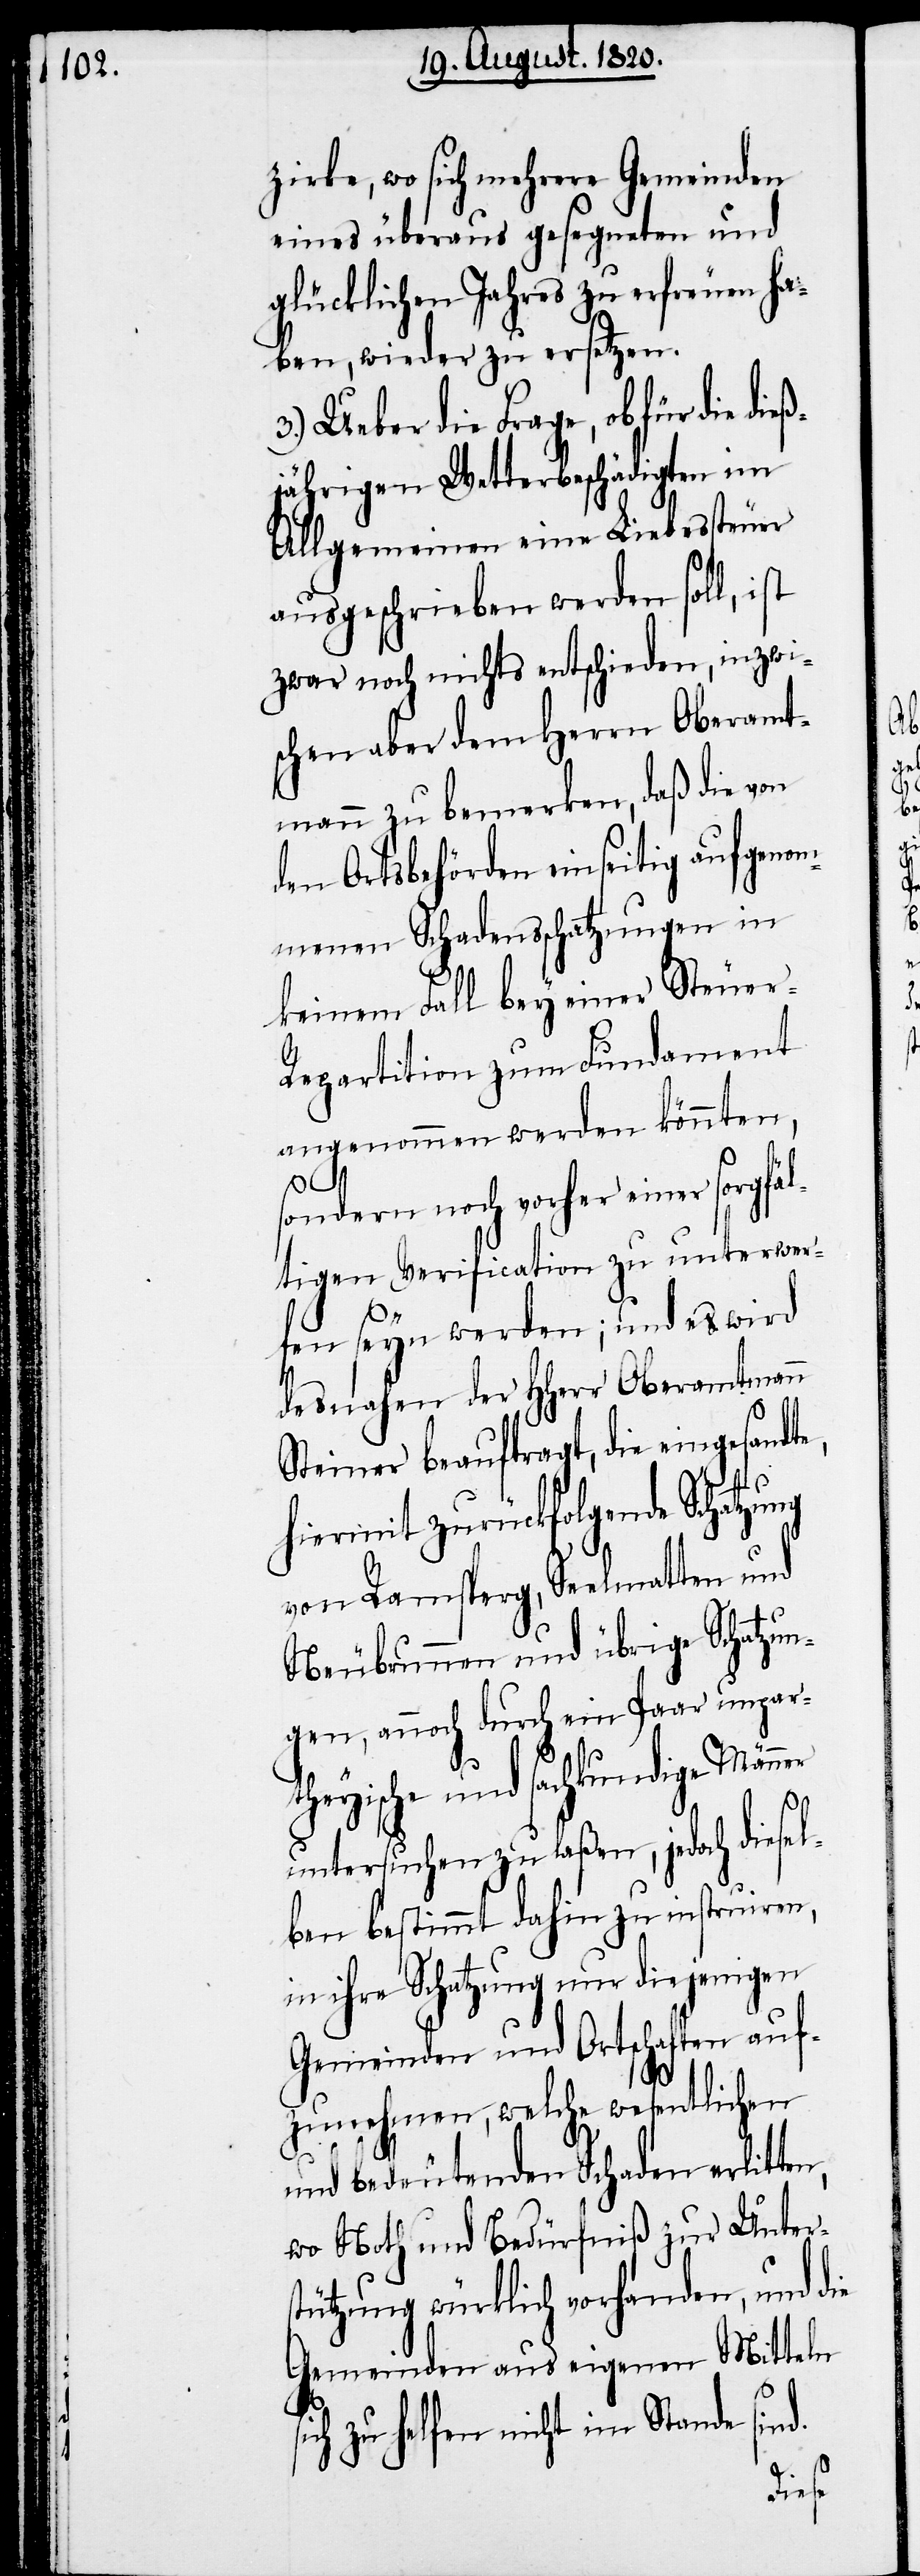
zirke, wo sich mehrere Gemeinden
eines überaus gesegneten und
glücklichen Jahres zu erfreuen ha¬
ben, wieder zu ersetzen.
3.) Ueber die Frage, ob für die
jährigen Wetterbeschädigten im
Allgemeinen eine Liebessteuer
ausgeschrieben werden soll, ist
zwar noch nichts entschieden, inzwi¬
schen aber dem Herrn Oberamt¬
mann zu bemerken, daß die von
den Ortsbehörden einseitig aufgenom¬
menen Schadensschatzung in
keinem Fall bey einer Steue¬
r-Repartition zum Fundament
angenommen werden könnten,
e,
sondern noch vorher einer sorgfäl¬
tigen Verification zu unterwer¬
fen seyn werden; und es wird
desnahen der HHerr Oberamtmann
Steiner beauftragt, die eingesandt¬
hiermit zurückfolgende Schatzung
von Ramsperg, Seelmatten und
Neubrunnen und übrige Schatzun¬
gen, annoch durch ein Paar unparth¬
eyische und sachkundige Män¬
ner
untersuchen zu laßen, jedoch diesel¬
ben bestimmt dahin zu instruiren,
in ihre Schatzung nur diejenigen
Gemeinden und Ortschaften auf¬
zunehmen, welche wesentlichen
und bedeutenden Schaden erlitten,
wo Noth und Bedürfniß zur Unters¬
tützung würklich vorhanden, und die
Mitteln
Gemeinden aus eigenen
s¬
ich zu helfen nicht im Stande sind.
dieß¬